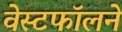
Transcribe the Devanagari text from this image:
वेस्टफॉलने